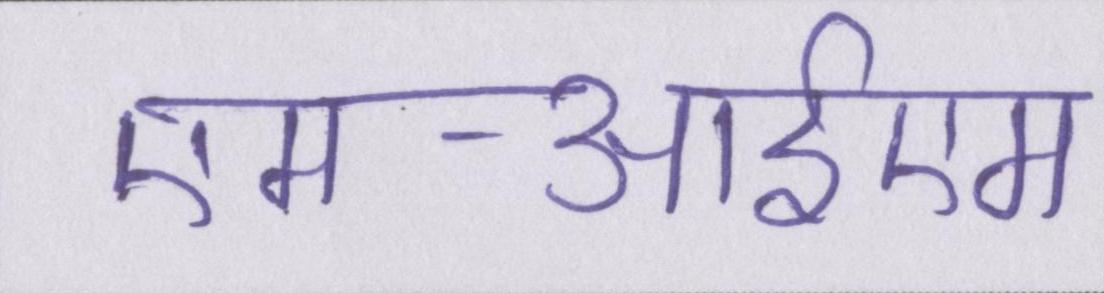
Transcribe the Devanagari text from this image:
एमआईएम